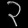
Digit: ၃